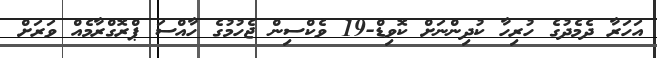
އަހަރާ ދެމެދުގެ ހުރިހާ ކުދިންނަށް ކޮވިޑް-19 ވެކްސިން ޖެހުމުގެ ހާއްސަ ޕްރޮގްރާމެއް ވަރަށް